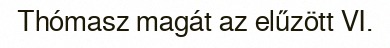
Thómasz magát az elűzött VI.